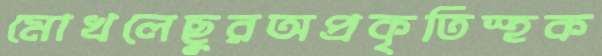
মোখলেছুরঅপ্রকৃতিস্হক